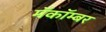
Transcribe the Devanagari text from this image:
मॅकॉम्बर